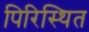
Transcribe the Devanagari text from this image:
पिरिस्थित